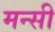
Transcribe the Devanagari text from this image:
मन्सी